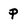
Character: P